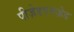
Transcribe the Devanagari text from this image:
पीज़ेडएनज़ेड